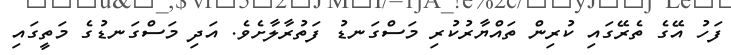
ފަހު އޭގެ ތެރޭގައި ކުރިން ތައްޔާރުކުރި މަސްގަނޑު ފަތުރާލާށެވެ. އަދި މަސްގަނޑުގެ މަތީގައި